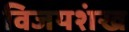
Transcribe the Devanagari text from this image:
विजयशंख